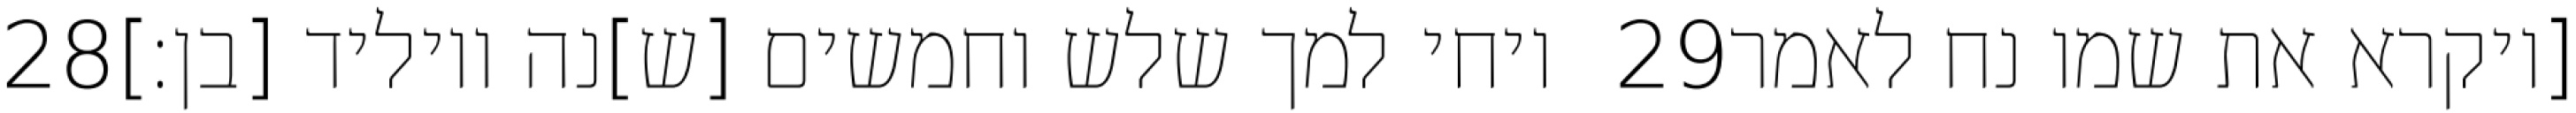
‎28‏ ויחי למך שלש וחמשים [ש]נה ויוליד [בן׃] ‎29‏ [ויקרא את שמו נח לאמר